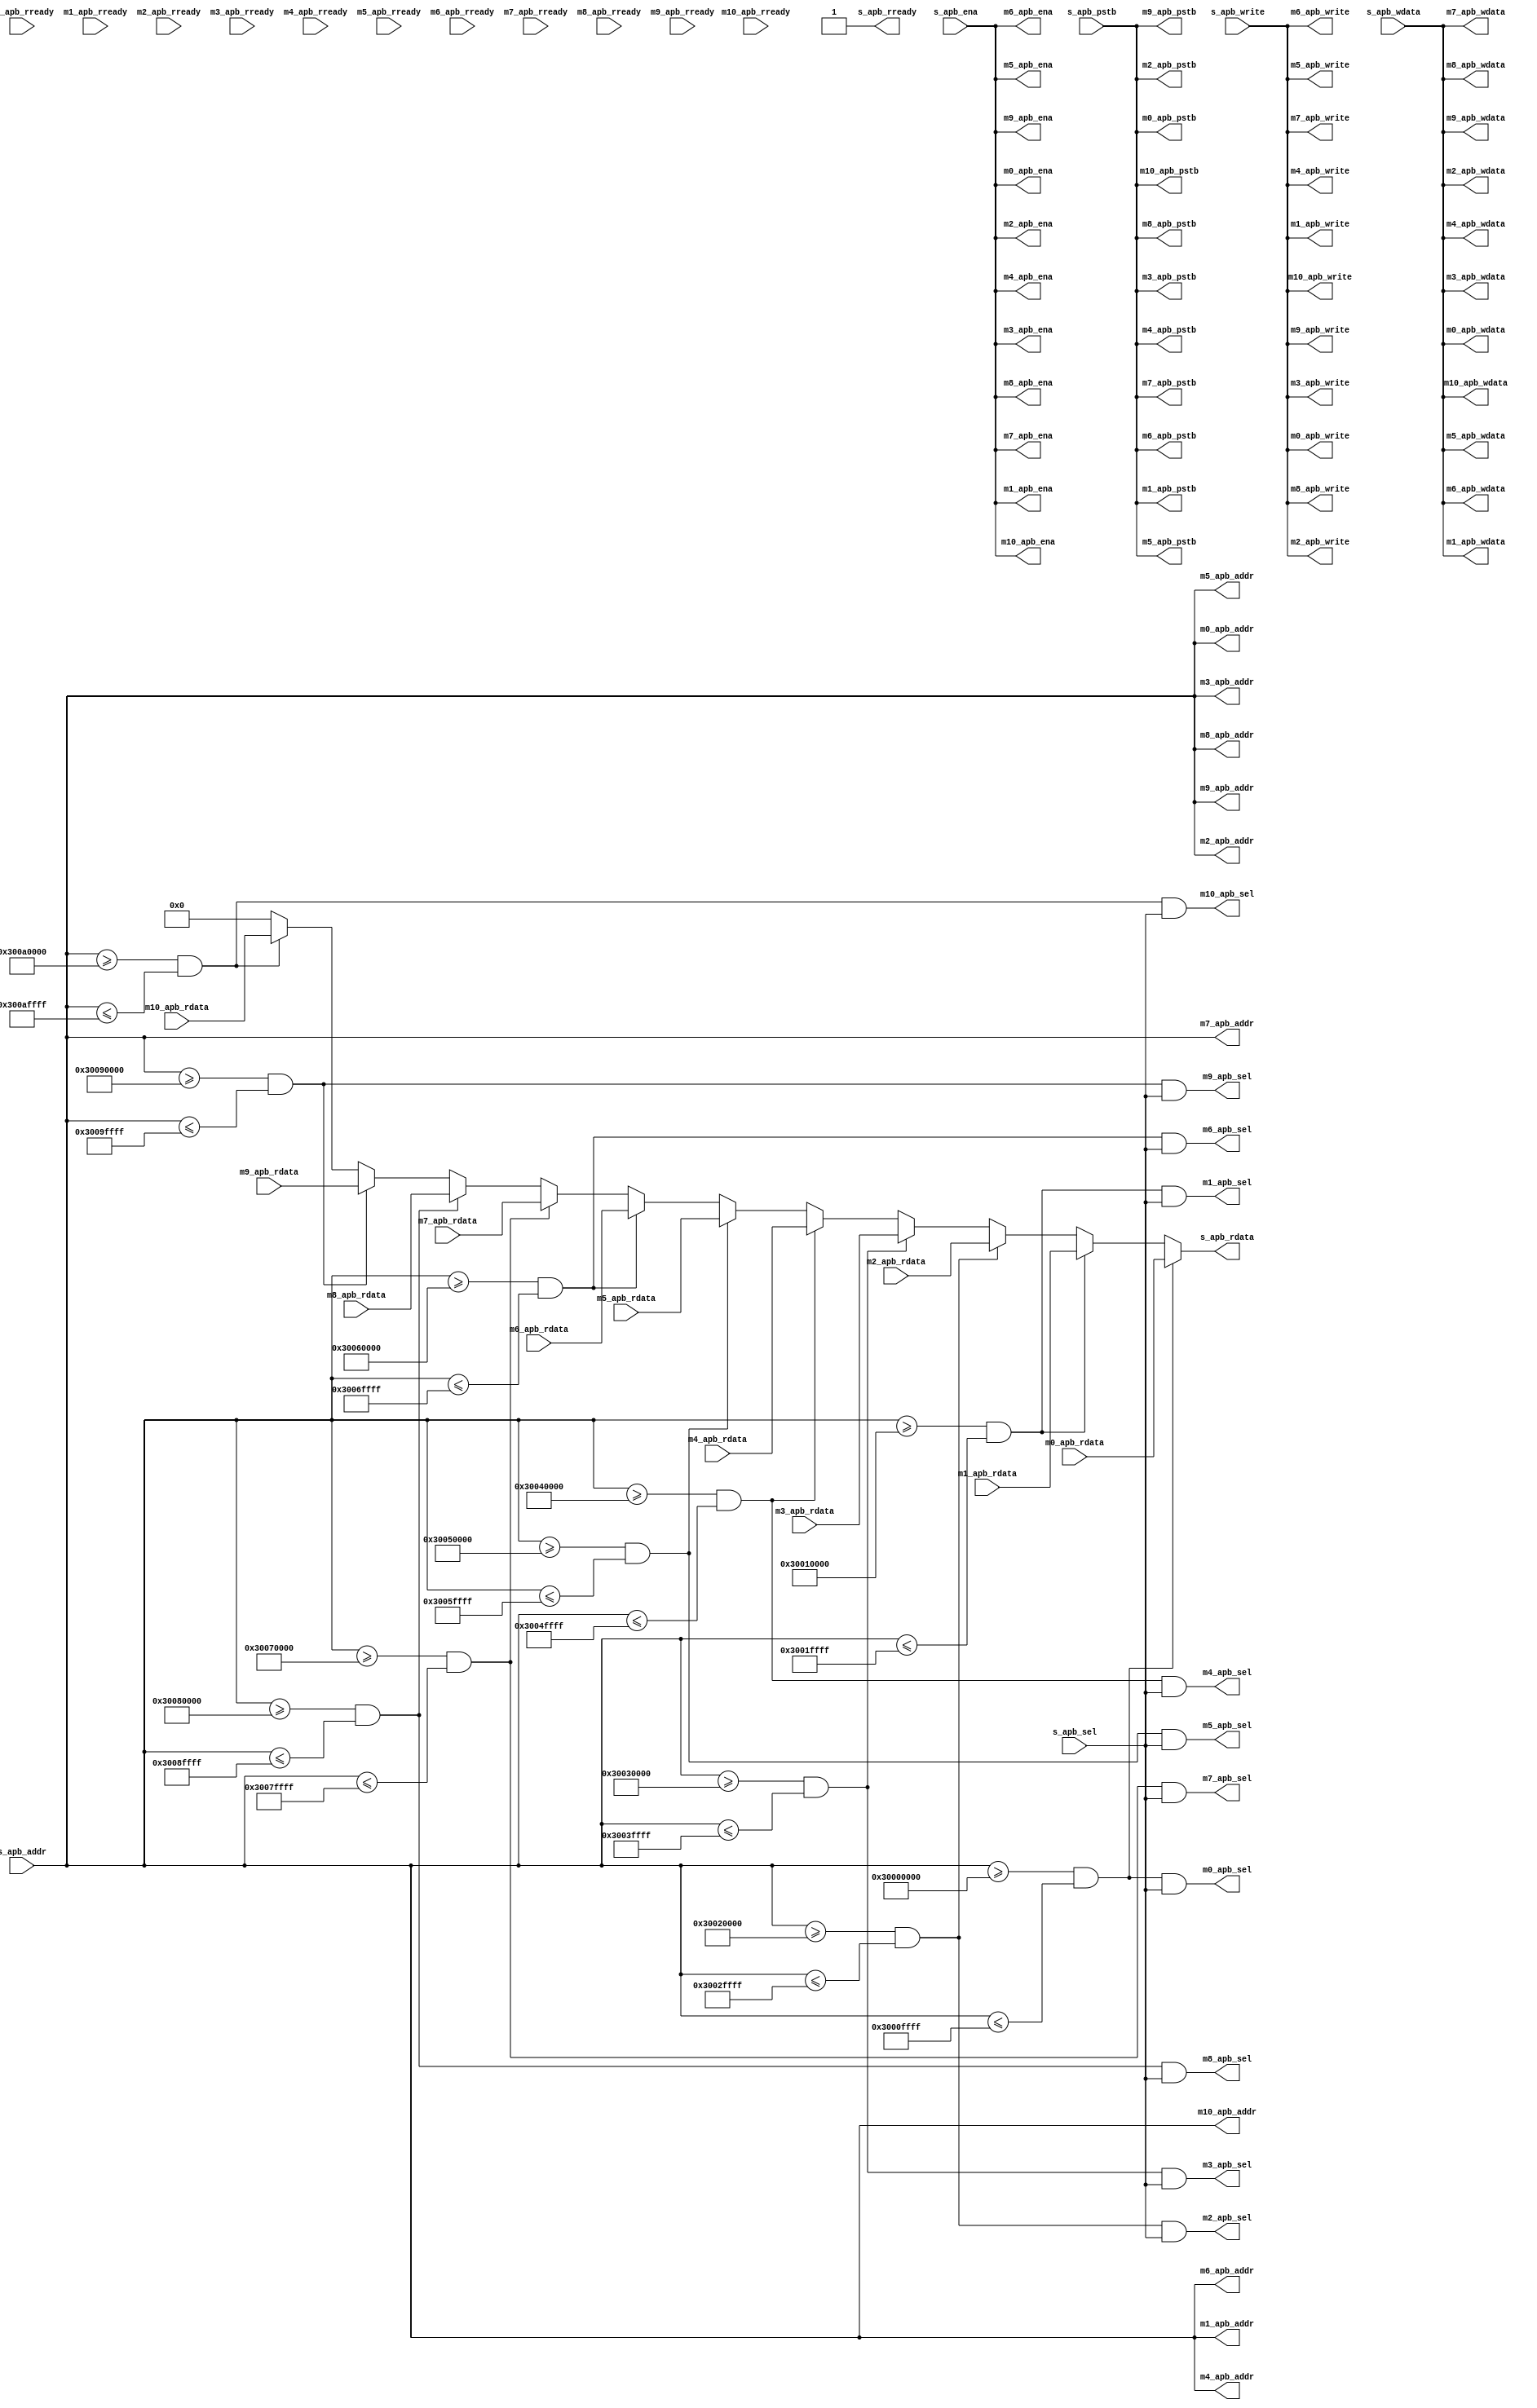

/*
//Copyright 2021 S SIVA PRASAD ssprasad12a@gmail.com

Permission is hereby granted, free of charge, to any person obtaining a copy of this software and associated documentation files (the "Software"), to deal in the Software without restriction, including without limitation the rights to use, copy, modify, merge, publish, distribute, sublicense, and/or sell copies of the Software, and to permit persons to whom the Software is furnished to do so, subject to the following conditions:

The above copyright notice and this permission notice shall be included in all copies or substantial portions of the Software.

THE SOFTWARE IS PROVIDED "AS IS", WITHOUT WARRANTY OF ANY KIND, EXPRESS OR IMPLIED, INCLUDING BUT NOT LIMITED TO THE WARRANTIES OF MERCHANTABILITY, FITNESS FOR A PARTICULAR PURPOSE AND NONINFRINGEMENT. IN NO EVENT SHALL THE AUTHORS OR COPYRIGHT HOLDERS BE LIABLE FOR ANY CLAIM, DAMAGES OR OTHER LIABILITY, WHETHER IN AN ACTION OF CONTRACT, TORT OR OTHERWISE, ARISING FROM, OUT OF OR IN CONNECTION WITH THE SOFTWARE OR THE USE OR OTHER DEALINGS IN THE SOFTWARE.

*/


`timescale 1ns / 1ps

module apb_crossbar(

input   [31:0]  s_apb_addr  ,
input           s_apb_sel   ,
input           s_apb_write ,
input           s_apb_ena   ,
input   [31:0]  s_apb_wdata ,
output  [31:0]  s_apb_rdata ,
input   [3:0]   s_apb_pstb  ,
output          s_apb_rready,

output   [31:0] m0_apb_addr  ,  // UART
output          m0_apb_sel   ,
output          m0_apb_write ,
output          m0_apb_ena   ,
output   [31:0] m0_apb_wdata ,
input    [31:0] m0_apb_rdata ,
output   [3:0]  m0_apb_pstb  ,
input           m0_apb_rready,

output   [31:0] m1_apb_addr  , // SPI
output          m1_apb_sel   ,
output          m1_apb_write ,
output          m1_apb_ena   ,
output   [31:0] m1_apb_wdata ,
input    [31:0] m1_apb_rdata ,
output   [3:0]  m1_apb_pstb  ,
input           m1_apb_rready,

output   [31:0] m2_apb_addr  , // I2C
output          m2_apb_sel   ,
output          m2_apb_write ,
output          m2_apb_ena   ,
output   [31:0] m2_apb_wdata ,
input    [31:0] m2_apb_rdata ,
output   [3:0]  m2_apb_pstb  ,
input           m2_apb_rready,


output   [31:0] m3_apb_addr  , // PWM
output          m3_apb_sel   ,
output          m3_apb_write ,
output          m3_apb_ena   ,
output   [31:0] m3_apb_wdata ,
input    [31:0] m3_apb_rdata ,
output   [3:0]  m3_apb_pstb  ,
input           m3_apb_rready,


output   [31:0] m4_apb_addr  , //LEDCNTRL
output          m4_apb_sel   ,
output          m4_apb_write ,
output          m4_apb_ena   ,
output   [31:0] m4_apb_wdata ,
input    [31:0] m4_apb_rdata ,
output   [3:0]  m4_apb_pstb  ,
input           m4_apb_rready,



output   [31:0] m5_apb_addr  , //GPIO
output          m5_apb_sel   ,
output          m5_apb_write ,
output          m5_apb_ena   ,
output   [31:0] m5_apb_wdata ,
input    [31:0] m5_apb_rdata ,
output   [3:0]  m5_apb_pstb  ,
input           m5_apb_rready,


output   [31:0] m6_apb_addr  , //TIMER
output          m6_apb_sel   ,
output          m6_apb_write ,
output          m6_apb_ena   ,
output   [31:0] m6_apb_wdata ,
input    [31:0] m6_apb_rdata ,
output   [3:0]  m6_apb_pstb  ,
input           m6_apb_rready,

output   [31:0] m7_apb_addr  , //I2S
output          m7_apb_sel   ,
output          m7_apb_write ,
output          m7_apb_ena   ,
output   [31:0] m7_apb_wdata ,
input    [31:0] m7_apb_rdata ,
output   [3:0]  m7_apb_pstb  ,
input           m7_apb_rready,

output   [31:0] m8_apb_addr  , // DIRCNTRL
output          m8_apb_sel   ,
output          m8_apb_write ,
output          m8_apb_ena   ,
output   [31:0] m8_apb_wdata ,
input    [31:0] m8_apb_rdata ,
output   [3:0]  m8_apb_pstb  ,
input           m8_apb_rready,

output   [31:0] m9_apb_addr  , // DIRCNTRL
output          m9_apb_sel   ,
output          m9_apb_write ,
output          m9_apb_ena   ,
output   [31:0] m9_apb_wdata ,
input    [31:0] m9_apb_rdata ,
output   [3:0]  m9_apb_pstb  ,
input           m9_apb_rready,

output   [31:0] m10_apb_addr  , // AES
output          m10_apb_sel   ,
output          m10_apb_write ,
output          m10_apb_ena   ,
output   [31:0] m10_apb_wdata ,
input    [31:0] m10_apb_rdata ,
output   [3:0]  m10_apb_pstb  ,
input           m10_apb_rready

);
    


wire [10:0]  w_apb_sel    ; 


assign w_apb_sel[0]  = (s_apb_addr >=  32'h3000_0000) && (s_apb_addr <= 32'h3000_FFFF) && s_apb_sel;   // UART 
assign w_apb_sel[1]  = (s_apb_addr >=  32'h3001_0000) && (s_apb_addr <= 32'h3001_FFFF) && s_apb_sel;   // SPI
assign w_apb_sel[2]  = (s_apb_addr >=  32'h3002_0000) && (s_apb_addr <= 32'h3002_FFFF) && s_apb_sel;   // I2C
assign w_apb_sel[3]  = (s_apb_addr >=  32'h3003_0000) && (s_apb_addr <= 32'h3003_FFFF) && s_apb_sel;   // PWM
assign w_apb_sel[4]  = (s_apb_addr >=  32'h3004_0000) && (s_apb_addr <= 32'h3004_FFFF) && s_apb_sel;   // LEDCNTL
assign w_apb_sel[5]  = (s_apb_addr >=  32'h3005_0000) && (s_apb_addr <= 32'h3005_FFFF) && s_apb_sel;   // GPIO
assign w_apb_sel[6]  = (s_apb_addr >=  32'h3006_0000) && (s_apb_addr <= 32'h3006_FFFF) && s_apb_sel;   // TIMER
assign w_apb_sel[7]  = (s_apb_addr >=  32'h3007_0000) && (s_apb_addr <= 32'h3007_FFFF) && s_apb_sel;   // I2S
assign w_apb_sel[8]  = (s_apb_addr >=  32'h3008_0000) && (s_apb_addr <= 32'h3008_FFFF) && s_apb_sel;   // DIRCTRL
assign w_apb_sel[9]  = (s_apb_addr >=  32'h3009_0000) && (s_apb_addr <= 32'h3009_FFFF) && s_apb_sel;   // JTAG
assign w_apb_sel[10]  = (s_apb_addr >=  32'h300A_0000) && (s_apb_addr <= 32'h300A_FFFF) && s_apb_sel;  // QSPI



assign s_apb_rdata  = (s_apb_addr >=  32'h3000_0000) && (s_apb_addr <= 32'h3000_FFFF) ? m0_apb_rdata :
                      (s_apb_addr >=  32'h3001_0000) && (s_apb_addr <= 32'h3001_FFFF) ? m1_apb_rdata :
                      (s_apb_addr >=  32'h3002_0000) && (s_apb_addr <= 32'h3002_FFFF) ? m2_apb_rdata :
                      (s_apb_addr >=  32'h3003_0000) && (s_apb_addr <= 32'h3003_FFFF) ? m3_apb_rdata :
                      (s_apb_addr >=  32'h3004_0000) && (s_apb_addr <= 32'h3004_FFFF) ? m4_apb_rdata :
                      (s_apb_addr >=  32'h3005_0000) && (s_apb_addr <= 32'h3005_FFFF) ? m5_apb_rdata :
                      (s_apb_addr >=  32'h3006_0000) && (s_apb_addr <= 32'h3006_FFFF) ? m6_apb_rdata : 
                      (s_apb_addr >=  32'h3007_0000) && (s_apb_addr <= 32'h3007_FFFF) ? m7_apb_rdata :
                      (s_apb_addr >=  32'h3008_0000) && (s_apb_addr <= 32'h3008_FFFF) ? m8_apb_rdata : 
                      (s_apb_addr >=  32'h3009_0000) && (s_apb_addr <= 32'h3009_FFFF) ? m9_apb_rdata :
                      (s_apb_addr >=  32'h300A_0000) && (s_apb_addr <= 32'h300A_FFFF) ? m10_apb_rdata : 32'h0000_0000;

                      
  
assign  m0_apb_pstb  = s_apb_pstb;
assign  m1_apb_pstb  = s_apb_pstb;
assign  m2_apb_pstb  = s_apb_pstb;
assign  m3_apb_pstb  = s_apb_pstb;
assign  m4_apb_pstb  = s_apb_pstb;
assign  m5_apb_pstb  = s_apb_pstb;
assign  m6_apb_pstb  = s_apb_pstb;
assign  m7_apb_pstb  = s_apb_pstb;
assign  m8_apb_pstb  = s_apb_pstb;
assign  m9_apb_pstb  = s_apb_pstb;
assign  m10_apb_pstb  = s_apb_pstb;

assign  m0_apb_addr  = s_apb_addr;
assign  m1_apb_addr  = s_apb_addr;
assign  m2_apb_addr  = s_apb_addr;
assign  m3_apb_addr  = s_apb_addr;
assign  m4_apb_addr  = s_apb_addr;
assign  m5_apb_addr  = s_apb_addr;
assign  m6_apb_addr  = s_apb_addr;
assign  m7_apb_addr  = s_apb_addr;
assign  m8_apb_addr  = s_apb_addr;
assign  m9_apb_addr  = s_apb_addr;
assign  m10_apb_addr  = s_apb_addr;

assign  m0_apb_wdata  = s_apb_wdata;
assign  m1_apb_wdata  = s_apb_wdata;
assign  m2_apb_wdata  = s_apb_wdata;
assign  m3_apb_wdata  = s_apb_wdata;
assign  m4_apb_wdata  = s_apb_wdata;
assign  m5_apb_wdata  = s_apb_wdata;
assign  m6_apb_wdata  = s_apb_wdata;
assign  m7_apb_wdata  = s_apb_wdata;
assign  m8_apb_wdata  = s_apb_wdata;
assign  m9_apb_wdata  = s_apb_wdata;
assign  m10_apb_wdata  = s_apb_wdata;

assign  m0_apb_write  = s_apb_write;
assign  m1_apb_write  = s_apb_write;
assign  m2_apb_write  = s_apb_write;
assign  m3_apb_write  = s_apb_write;
assign  m4_apb_write  = s_apb_write;
assign  m5_apb_write  = s_apb_write;
assign  m6_apb_write  = s_apb_write;
assign  m7_apb_write  = s_apb_write;
assign  m8_apb_write  = s_apb_write;
assign  m9_apb_write  = s_apb_write;
assign  m10_apb_write  = s_apb_write;

assign  m0_apb_ena  = s_apb_ena;
assign  m1_apb_ena  = s_apb_ena;
assign  m2_apb_ena  = s_apb_ena;
assign  m3_apb_ena  = s_apb_ena;
assign  m4_apb_ena  = s_apb_ena;
assign  m5_apb_ena  = s_apb_ena;
assign  m6_apb_ena  = s_apb_ena;
assign  m7_apb_ena  = s_apb_ena;
assign  m8_apb_ena  = s_apb_ena;
assign  m9_apb_ena  = s_apb_ena;
assign  m10_apb_ena  = s_apb_ena;

assign  m0_apb_sel  = w_apb_sel[0];
assign  m1_apb_sel  = w_apb_sel[1];
assign  m2_apb_sel  = w_apb_sel[2];
assign  m3_apb_sel  = w_apb_sel[3];
assign  m4_apb_sel  = w_apb_sel[4];
assign  m5_apb_sel  = w_apb_sel[5];
assign  m6_apb_sel  = w_apb_sel[6];
assign  m7_apb_sel  = w_apb_sel[7];
assign  m8_apb_sel  = w_apb_sel[8];
assign  m9_apb_sel  = w_apb_sel[9];
assign  m10_apb_sel  = w_apb_sel[10];

assign s_apb_rready = 1'b1;




    
    
    
    
    
    
endmodule